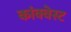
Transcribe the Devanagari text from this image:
कांक्वेस्ट